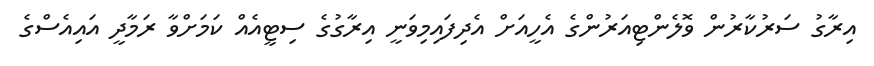
އިރާގު ސަރުކާރުން ވޮލެންޓިއަރުންގެ އެހީއަށް އެދިފައިމިވަނީ އިރާގުގެ ސިޓީއެއް ކަމަށްވާ ރަމާދީ އައިއެސްގެ